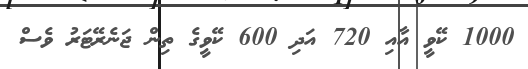
1000 ކޭވީ އާއި 720 އަދި 600 ކޭވީގެ ތިން ޖަނެރޭޓަރު ވެސް